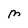
Character: M